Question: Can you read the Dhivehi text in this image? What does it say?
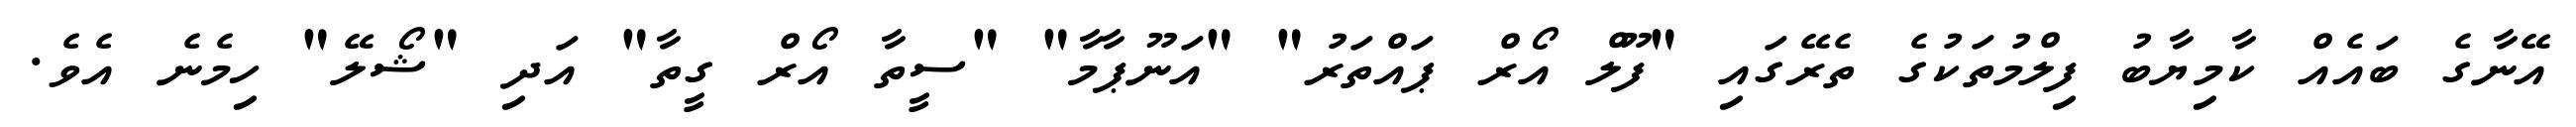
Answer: އޭނާގެ ބައެއް ކާމިޔާބު ފިލްމުތަކުގެ ތެރޭގައި "ފޫލް އޯރް ޕައްތަރު" "އަނޫޕާމާ" "ސީތާ އޯރް ގީތާ" އަދި "ޝޯލޭ" ހިމެނެ އެވެ.